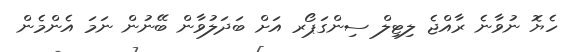
ހެޔޮ ނުވާނެ ރާއްޖެ ލިޓިލް ސިންގަޕޯރ އަށް ބަދަލުވާން ބޭނުން ނަމަ އެންމެން